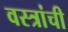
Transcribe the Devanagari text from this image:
वस्त्रांची